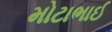
મોટાભાઈ